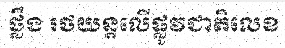
ថ្លឹង រថយន្តលើផ្លូវជាតិលេខ